Vaccination in Bombay 1856-1862 - 1856-1862
Year: 1856
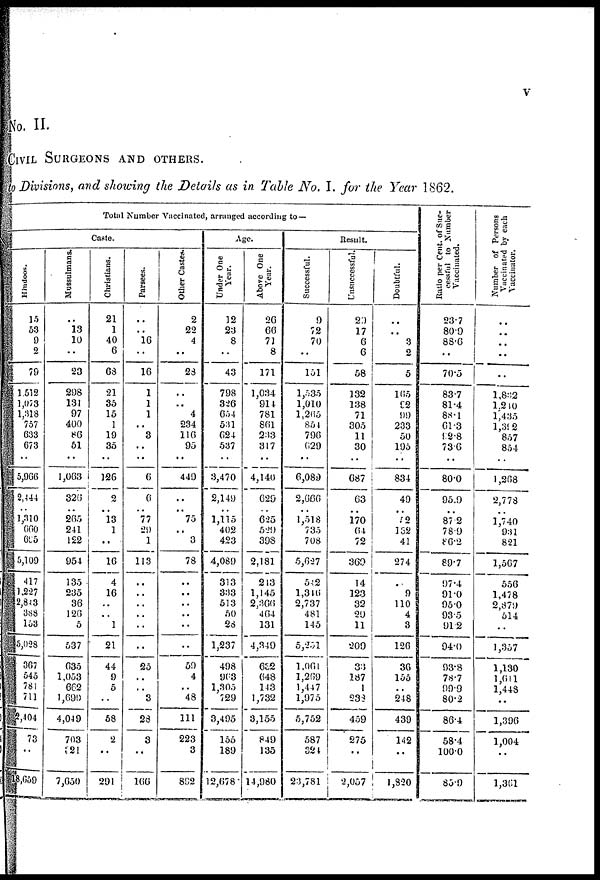
V
No. II.
CIVIL SURGEONS AND OTHERS.
to Divisions, and showing the Details as in Table No. I. for the Year 1862.
Total Number Vaccinated, arranged according to—
Caste.
Hindoos.
15
53
9
2
79
1,512
1,073
1,318
757
633
673
..
5,966
2,444
..
1,310
660
695
5,109
417
1,227
2,843
388
153
5,028
367
545
781
711
5,404
73
..
18,659
Mussulmans.
..
13
10
..
23
298
131
97
400
86
51
..
1,063
326
..
265
241
122
954
135
235
36
126
5
537
635
1,053
662
1,699
4,049
703
321
7,650
Christians.
21
1
40
6
68
21
35
15
1
19
35
..
126
2
..
13
1
..
16
4
16
..
..
1
21
44
9
5
..
58
2
..
291
Parsees.
..
..
16
..
16
1
1
1
..
3
..
..
6
6
..
77
29
1
113
..
..
..
..
..
..
25
..
..
3
28
3
..
166
Other Castes.
2
22
4
..
28
..
..
4
234
110
95
..
449
..
..
75
..
3
78
..
..
..
..
..
..
59
4
..
48
111
223
3
892
Age.
Under One
Year.
12
23
8
..
43
798
326
654
531
624
537
..
3,470
2,149
..
1,115
402
423
4,089
313
333
513
50
28
1,237
498
963
1,305
729
3,495
155
189
12,678
Above One
Year.
26
66
71
8
171
1,034
914
781
861
233
317
..
4,140
629
..
625
529
398
2,181
243
1,145
2,366
464
131
4,349
632
648
143
1,732
3,155
849
135
14,980
Result.
Successful.
9
72
70
..
151
1,535
1,010
1,265
854
790
629
..
6,089
2,666
..
1,518
735
708
5,627
522
1,346
2,737
481
145
5,251
1,061
1,209
1,447
1,975
5,752
587
324
23,781
Unsuccessful.
29
17
6
6
58
132
138
71
305
11
30
..
687
63
..
170
64
72
369
14
123
32
29
11
209
33
187
1
233
459
275
..
2,057
Doubtful.
..
..
3
2
5
165
92
99
233
50
195
..
834
49
..
52
132
41
274
..
9
110
4
3
126
36
155
..
248
439
142
..
1,820
Ratio per Cent. of Suc-
cessful to Number
Vaccinated.
23.7
80.9
88.6
..
70.5
83.7
81.4
88.1
61.3
92.8
736
..
80.0
95.9
..
87.2
78.9
86.2
89.7
97.4
91.0
95.0
93.5
91.2
94.0
93.8
78.7
99.9
80.2
86.4
58.4
100.0
85.9
Number of Persona
Vaccinated by each
Vaccinator.
..
..
..
..
..
1,832
1,240
1,435
1,392
857
854
..
1,268
2,778
..
1,740
931
821
1,567
556
1,478
2,879
514
..
1,357
1,130
1,611
1,448
..
1,396
1,004
..
1,361